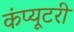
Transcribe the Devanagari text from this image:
कंप्यूटरी